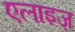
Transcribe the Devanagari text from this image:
एलाइज़